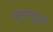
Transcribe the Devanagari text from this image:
बहुपंखुड़ी